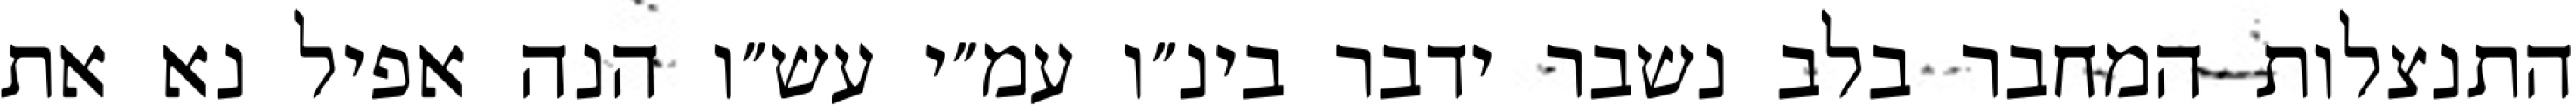
התנצלות המחבר בלב נשבר ידבר בינ״ו עמ״י עש״ו הנה אפיל נא את